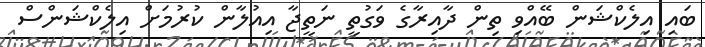
ބައި އިލެކްޝަން ބޭއްވި ތިން ދާއިރާގެ ވަގުތީ ނަތީޖާ އިއުލާން ކުރުމަށް އިލެކްޝަންސް